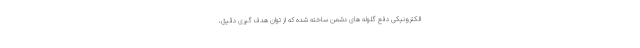
الکترونیکی دفع گلوله های دشمن ساخته شده که از توان هدف گیری دقیق،